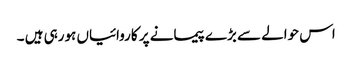
اس حوالے سے بڑے پیمانے پر کاروائیاں ہورہی ہیں ۔